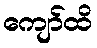
ကျော်ထိ